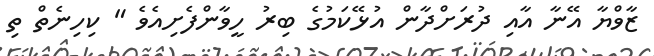
ޒާވްޔާ އޭނާ އާއި ދުރަށްދާން އުޅޭކަމުގެ ބިރު ހީވާންފެށިއެވެ " ކިހިނެތް ތި